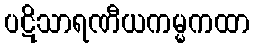
ပဋိသာရဏီယကမ္မကထာ